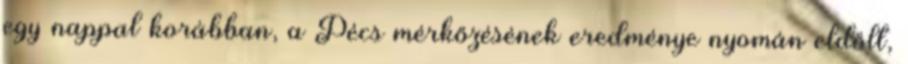
egy nappal korábban, a Pécs mérkőzésének eredménye nyomán eldőlt,